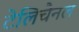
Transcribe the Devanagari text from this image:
टेलिचैनल